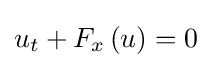
u_{t}+F_{x}\left(u\right)=0